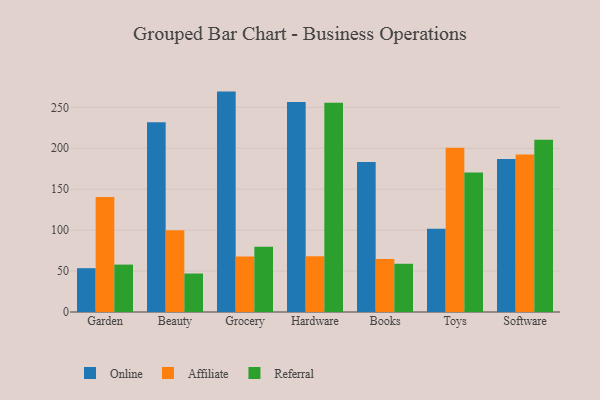
{"axis": {"x": "Category", "y": "Latency (ms)"}, "legend": ["Affiliate", "Online", "Referral"], "data": [{"x": "Garden", "y": 53.5, "type": "Online"}, {"x": "Garden", "y": 140.6, "type": "Affiliate"}, {"x": "Garden", "y": 57.9, "type": "Referral"}, {"x": "Beauty", "y": 231.7, "type": "Online"}, {"x": "Beauty", "y": 99.7, "type": "Affiliate"}, {"x": "Beauty", "y": 47.0, "type": "Referral"}, {"x": "Grocery", "y": 269.2, "type": "Online"}, {"x": "Grocery", "y": 67.7, "type": "Affiliate"}, {"x": "Grocery", "y": 79.6, "type": "Referral"}, {"x": "Hardware", "y": 256.6, "type": "Online"}, {"x": "Hardware", "y": 68.1, "type": "Affiliate"}, {"x": "Hardware", "y": 255.6, "type": "Referral"}, {"x": "Books", "y": 183.1, "type": "Online"}, {"x": "Books", "y": 64.6, "type": "Affiliate"}, {"x": "Books", "y": 58.9, "type": "Referral"}, {"x": "Toys", "y": 101.8, "type": "Online"}, {"x": "Toys", "y": 200.5, "type": "Affiliate"}, {"x": "Toys", "y": 170.3, "type": "Referral"}, {"x": "Software", "y": 187.0, "type": "Online"}, {"x": "Software", "y": 192.5, "type": "Affiliate"}, {"x": "Software", "y": 210.3, "type": "Referral"}]}